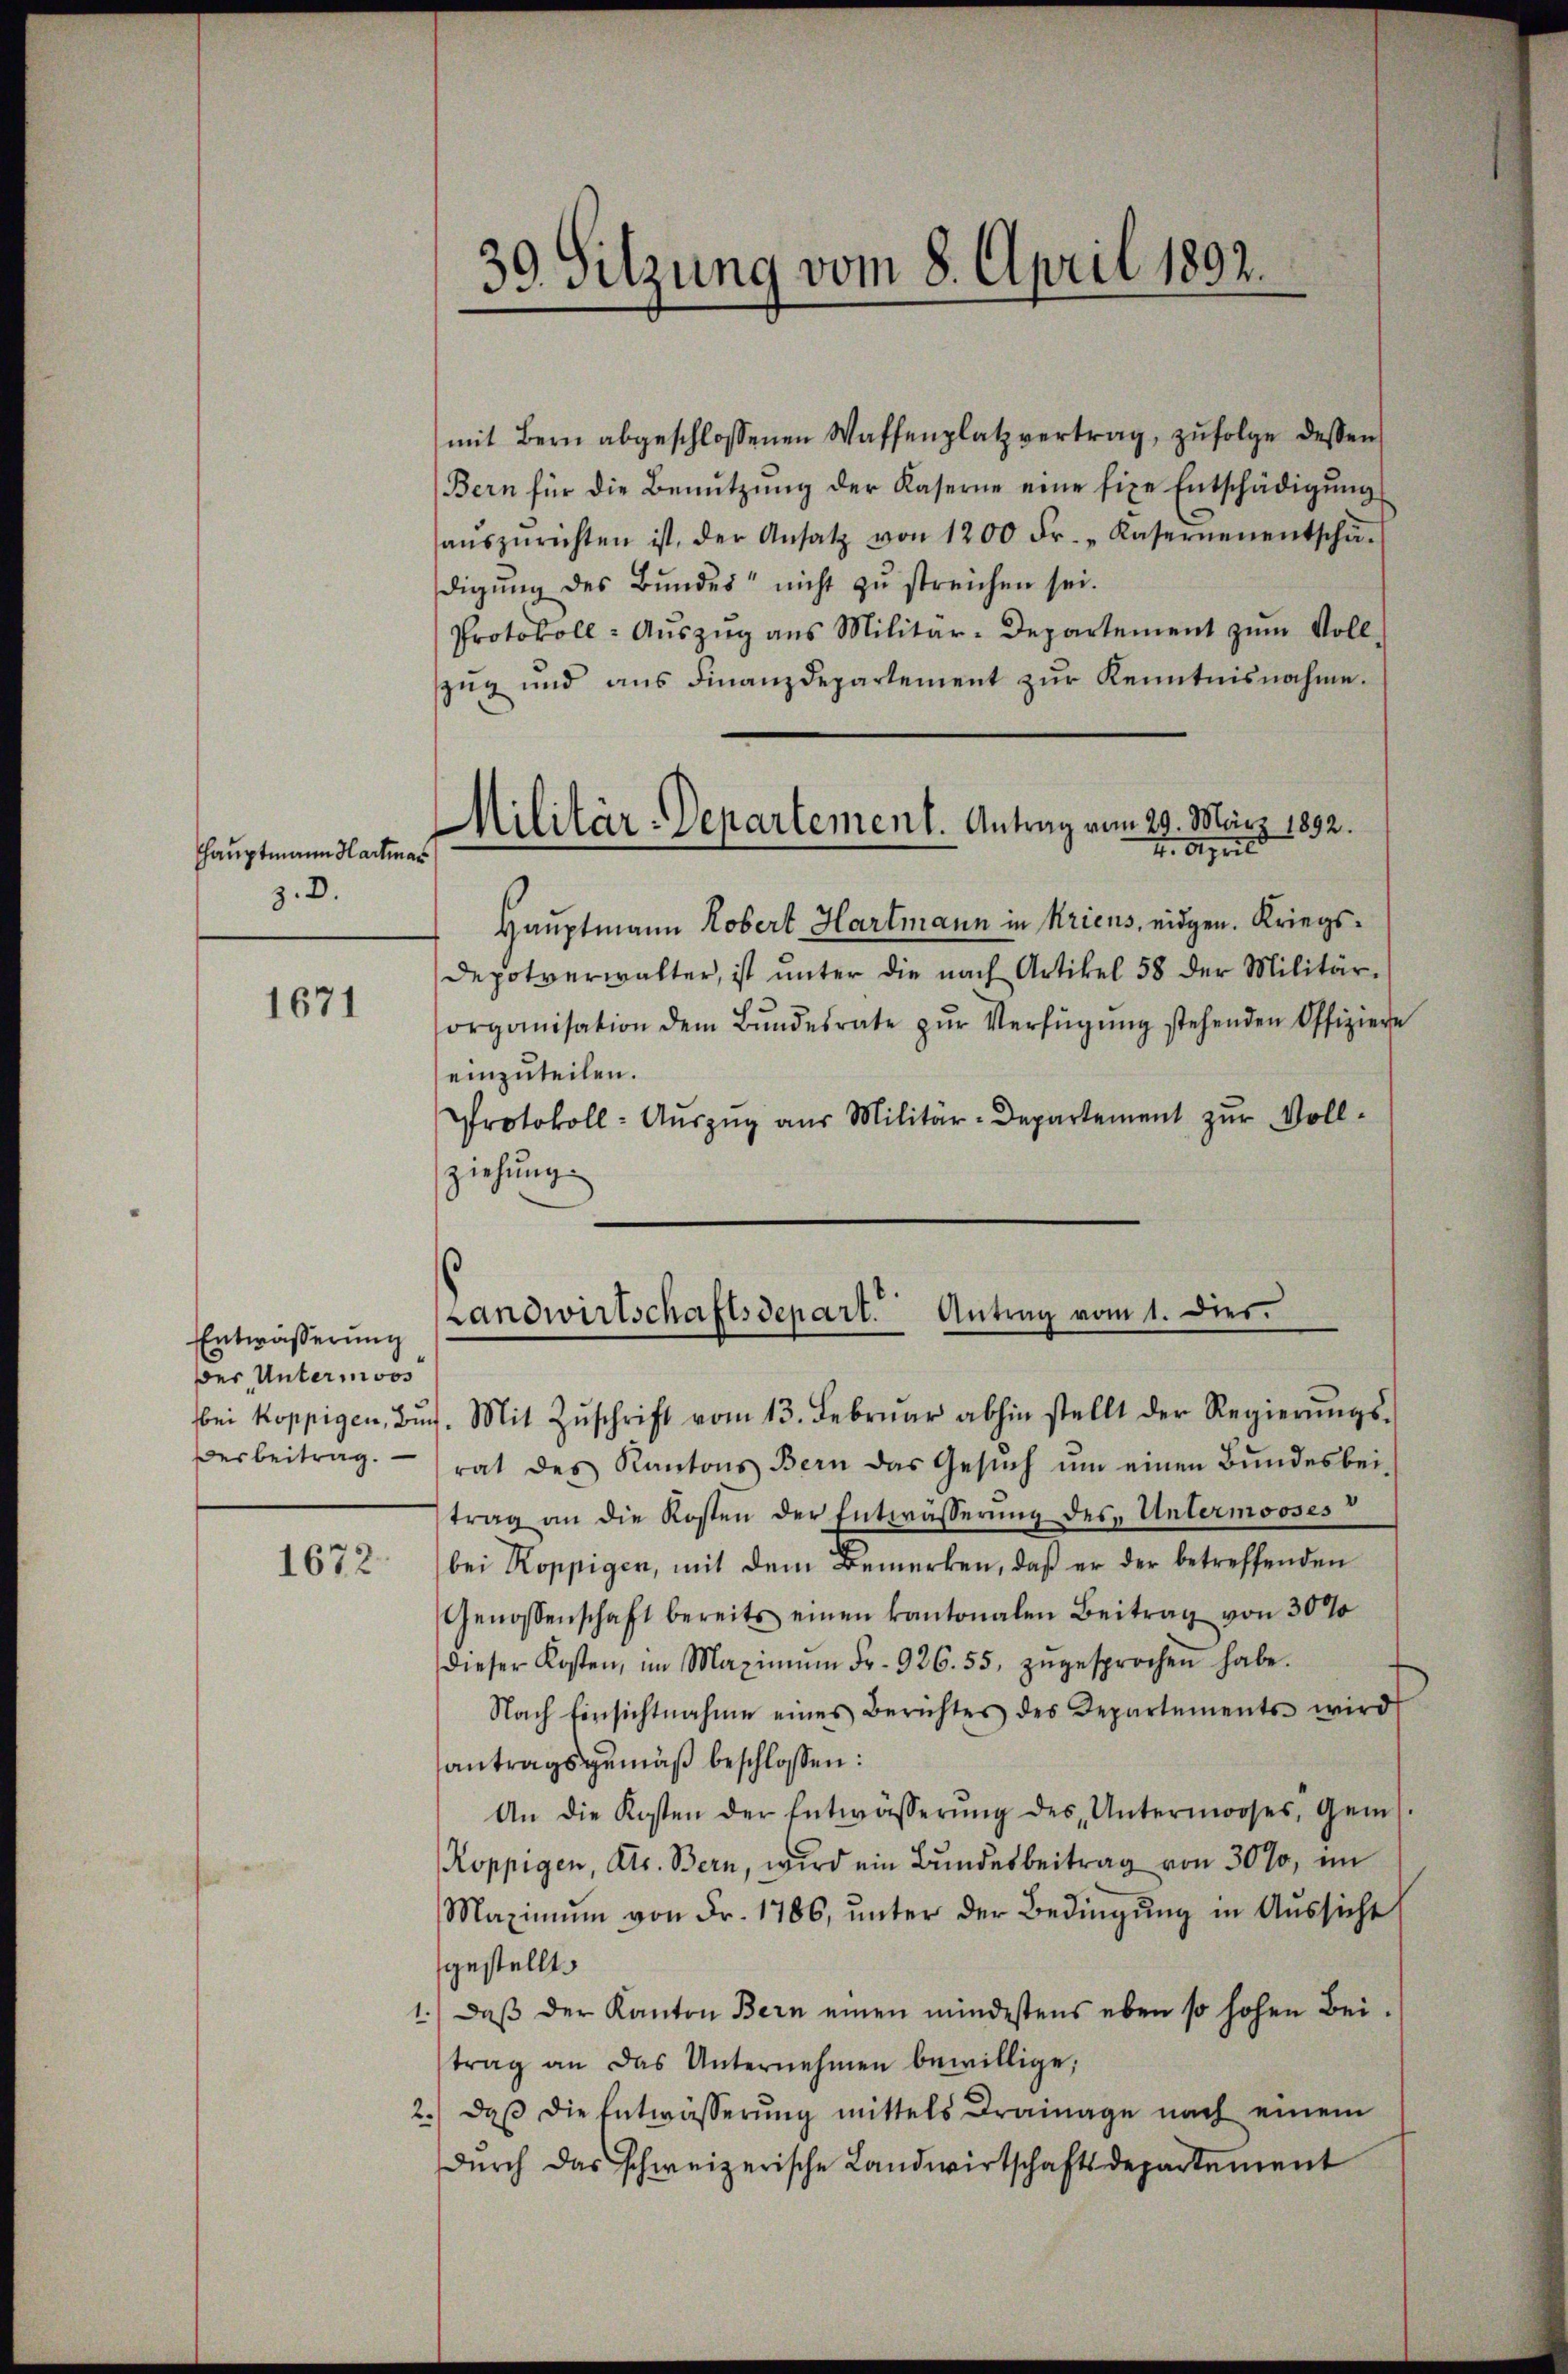
Hauptmann Hartman
z. D.

1671

Entwässerung
ber, Untermoos
esbeitrag.

1672.

mit Bern abgeschlossenen Waffenplatz vertrag, zŭfolge dessen
Bern für die Benŭtzŭng der Kaserne eine fixe Entschädigŭng
aŭszŭrichten ist, der Ansatz von 1200 Fr. „Kasernen entschä-
digung des Bundes nicht zu streichen sei.
Protokoll: Aŭszŭg ans Militär-Departement zum Voll-
zŭg und ans Finanzdepartement zŭr Kenntnisnahme.
Hauptmann Robert Hartmann in Kriens, eidgen. Kriegs¬
Depotverwalter, ist unter die nach Artikel 58 der Militär-
organisation dem Bŭndesrate zŭr Verfügŭng stehenden Offiziere
einzuteilen.
Protokoll- Aŭszŭg aŭs Militär-Departement zŭr Voll-
ziehung

39. Sitzung vom 8. April 1892.

Militär-Departement. Antrag vom 29. März 1892.
4. April

Landwirtschaftsdepart. Antrag vom 1. dies.

bei koppigen, Bŭch. Mit Zŭschrift vom 13. Febrŭar abhin stellt der Regierŭngs-
rat des Kantons Bern das Gesŭch ŭm einen Bŭndesbei-
trag an die Kosten der Entwässerung des Untermooses v
bei Koppigen, mit dem Bemerken, daβ er der betreffenden
Genossenschaft bereits einen kantonalen Beitrag von 30%
dieser Kosten, im Maximŭm Fr. 926. 55, zŭgesprochen habe.
Nach Einsichtnahme eines Berichtes des Departements wird
antragsgemäß beschlossen:
An die Kosten der Entwässerŭng des Untermooses, Gem
Roppigen, Dr. Bern, wird ein Bŭndesbeitrag von 30%, im
Maximum von Fr. 1786, unter der Bedingung in Aussicht
gestellt.
1.) Daβ der Kanton Bern einen mindestens eben so hohen Bei-
trag an das Unternehmen bewillige,
2.) daβ die Entwässerŭng mittels Drainage nach einem
Durch das schweizerische Landwirtschaftsdepartement